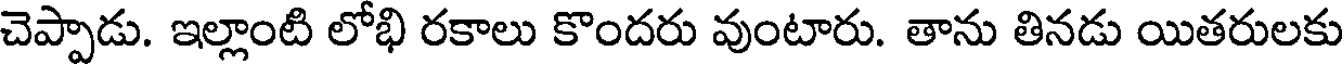
చెప్పాడు. ఇల్లాంటి లోభి రకాలు కొందరు వుంటారు. తాను తినడు యితరులకు